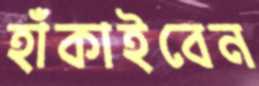
হাঁকাইবেন